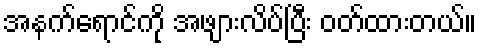
အနက်ရောင်ကို အဖျားလိပ်ပြီး ဝတ်ထားတယ်။